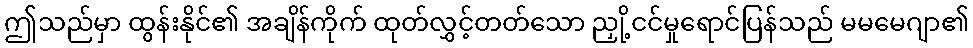
ဤသည်မှာ ထွန်းနိုင်၏ အချိန်ကိုက် ထုတ်လွှင့်တတ်သော ညှို့ငင်မှုရောင်ပြန်သည် မမမေဂျာ၏